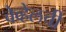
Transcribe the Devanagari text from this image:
वेव्हेलची